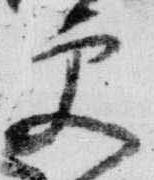
更